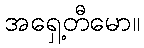
အရှေ့တီမော။